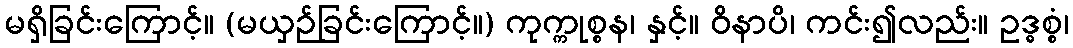
မရှိခြင်းကြောင့်။ (မယှဉ်ခြင်းကြောင့်။) ကုက္ကုစ္စန၊ နှင့်။ ဝိနာပိ၊ ကင်း၍လည်း။ ဥဒ္ဓစ္စံ၊